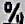
%